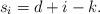
LaTeX: \begin{align*}s_i=d+i-k.\end{align*}